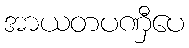
အာယတပဏှီပေ